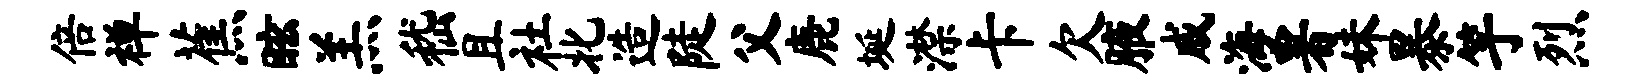
倍禅蕉眩羔嵇且社北造陡父鹿埏潸卡欠腋戚海署妹暴竽烈